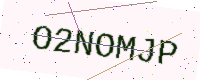
Text: O2NOMJP